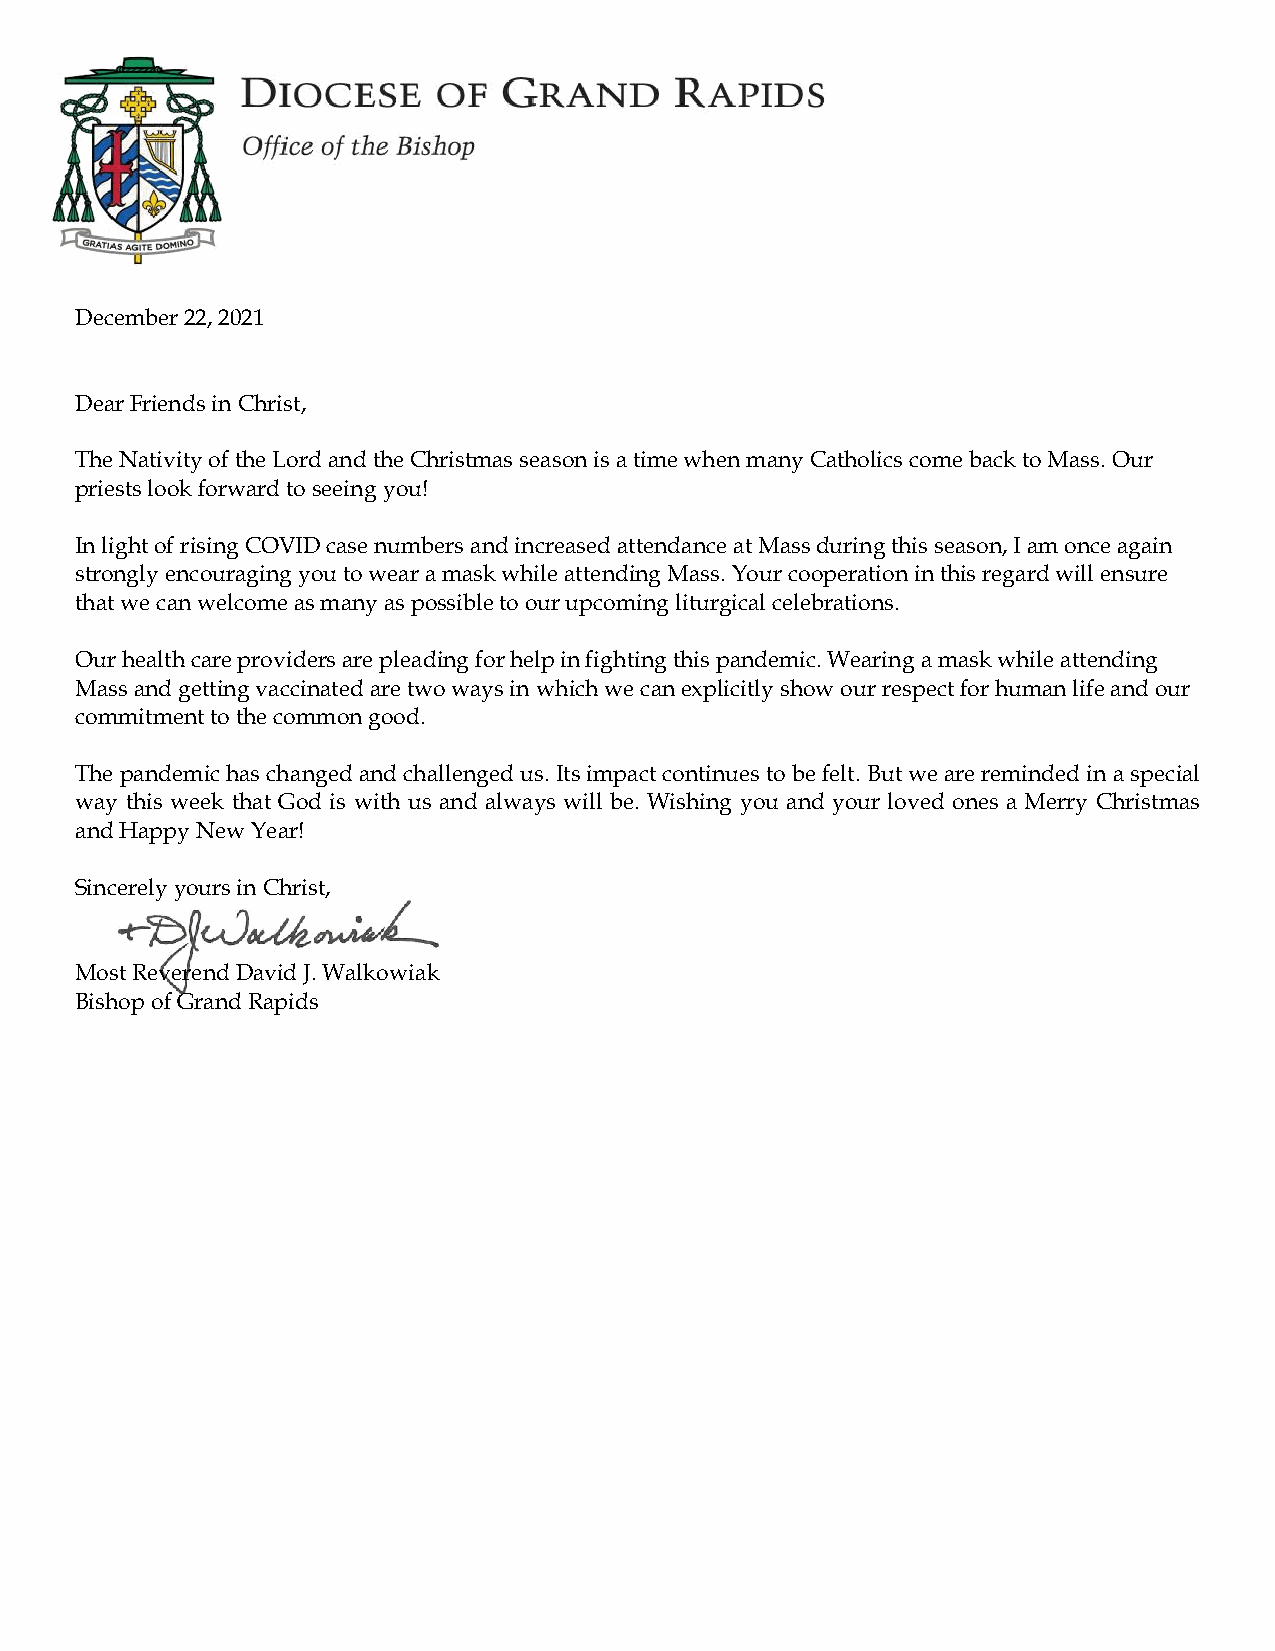
December 22, 2021
 Dear Friends in Christ,
 The Nativity of the Lord and the Christmas season is a time when many Catholics come back to Mass. Our
 priests look forward to seeing you!
 In light of rising COVID case numbers and increased attendance at Mass during this season, I am once again
 strongly encouraging you to wear a mask while attending Mass. Your cooperation in this regard will ensure
 that we can welcome as many as possible to our upcoming liturgical celebrations.
 Our health care providers are pleading for help in fighting this pandemic. Wearing a mask while attending
 Mass and getting vaccinated are two ways in which we can explicitly show our respect for human life and our
 commitment to the common good.
 The pandemic has changed and challenged us. Its impact continues to be felt. But we are reminded in a special
 way this week that God is with us and always will be. Wishing you and your loved ones a Merry Christmas
 and Happy New Year!
 Sincerely yours in Christ,
 Most Reverend David J. Walkowiak
 Bishop of Grand Rapids